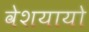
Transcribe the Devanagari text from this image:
वेशयायो